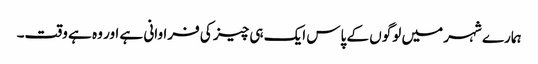
ہمارے شہر میں لوگوں کے پاس ایک ہی چیز کی فراوانی ہے اور وہ ہے وقت۔